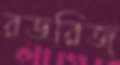
রডরিজ